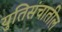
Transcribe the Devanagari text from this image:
युतिसंचातील